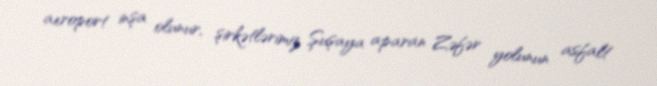
aeroport inşa olunur, şirkətlərimiz Şuşaya aparan Zəfər yolunun asfalt